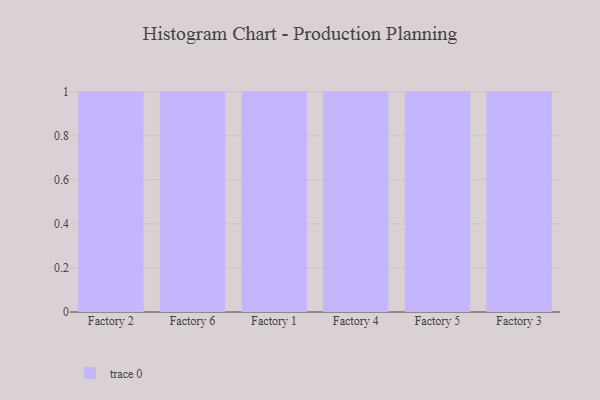
{"axis": {"x": "Factory", "y": "Website Visitors"}, "legend": [""], "data": [{"x": "Factory 2", "y": 61, "type": ""}, {"x": "Factory 6", "y": 61, "type": ""}, {"x": "Factory 1", "y": 96, "type": ""}, {"x": "Factory 4", "y": 92, "type": ""}, {"x": "Factory 5", "y": 47, "type": ""}, {"x": "Factory 3", "y": 61, "type": ""}]}